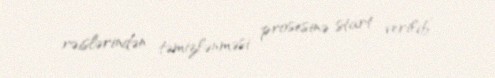
rəislərindən təmizlənməsi prosesinə start verilib”.